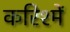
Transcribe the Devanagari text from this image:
करिश्में